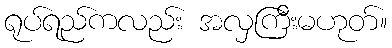
ရုပ်ရည်ကလည်း အလှကြီးမဟုတ်။